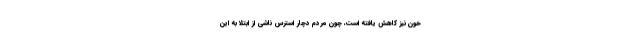
خون نیز کاهش یافته است، چون مردم دچار استرس ناشی از ابتلا به این